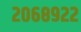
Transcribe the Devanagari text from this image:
२०६८९२२